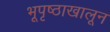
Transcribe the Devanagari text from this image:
भूपृष्ठाखालून